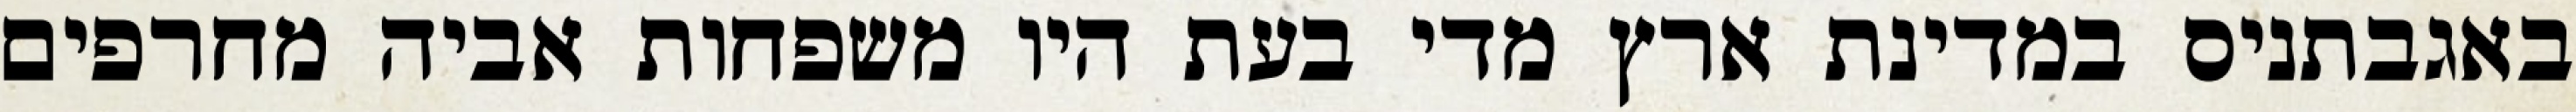
באגבתניס במדינת ארץ מדי בעת היו משפחות אביה מחרפים